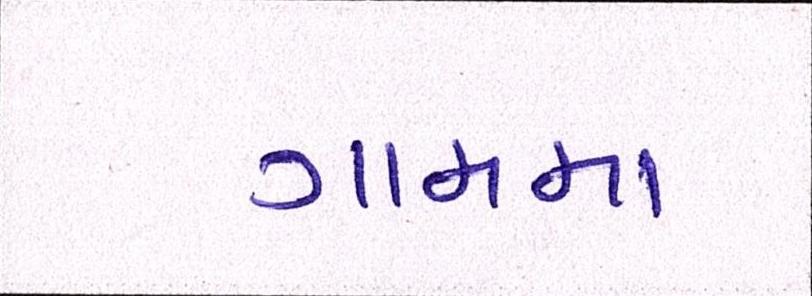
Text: ગામમા